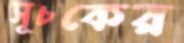
সূচকের